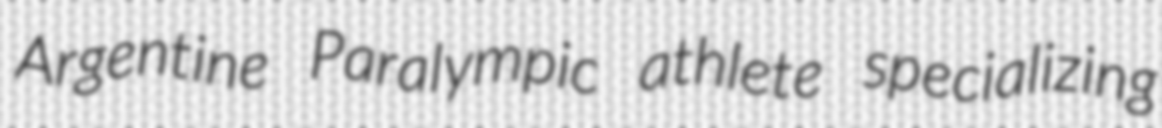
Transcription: Argentine Paralympic athlete specializing